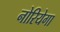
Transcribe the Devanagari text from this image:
नोरियेगा